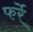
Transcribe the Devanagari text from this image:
फर्रे